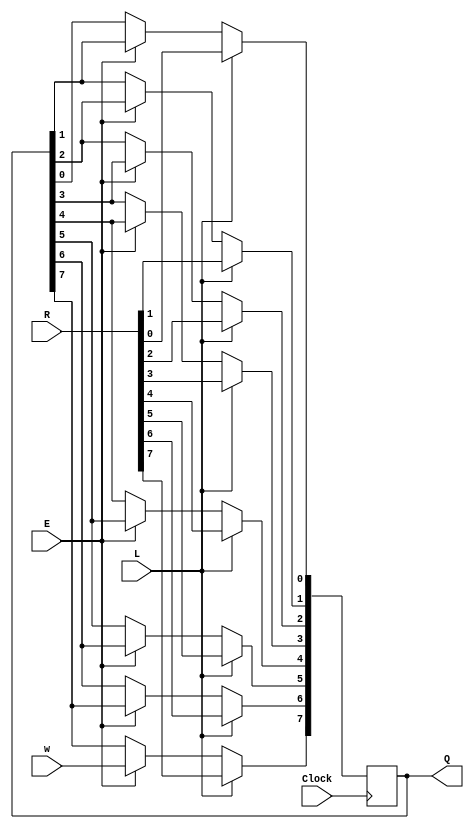
`timescale 1ns / 1ps
//////////////////////////////////////////////////////////////////////////////////
// Company: 
// Engineer: 
// 
// Design Name: 
// Module Name: shiftrne
// Project Name: 
// Target Devices: 
// Tool Versions: 
// Description: 
// 
// Dependencies: 
// 
// Revision:
// Revision 0.01 - File Created
// Additional Comments:
// 
//////////////////////////////////////////////////////////////////////////////////


module shiftrne(R, L, E, w, Clock, Q);
    parameter n = 8;
    input [n-1:0] R;
    input L, E, w, Clock;
    output reg [n-1:0] Q;
    integer k;
    
    always@(posedge Clock)
        if(L)
            Q <= R;
        else if(E)
        begin
            for(k=n-1;k>0;k=k-1)
                Q[k-1]<=Q[k];
            Q[n-1]<=w;
        end
endmodule